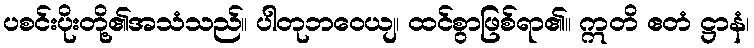
ပစင်းပိုးတို့၏အသံသည်။ ပါတုဘဝေယျ၊ ထင်စွာဖြစ်ရာ၏။ ဣတိ ဧတံ ဋ္ဌာနံ၊